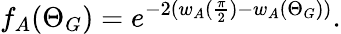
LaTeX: f_{A}(\Theta_{G})=e^{-2(w_{A}(\frac{\pi}{2})-w_{A}(\Theta_{G}))}.